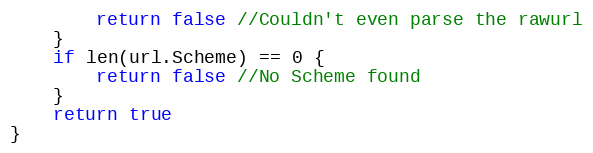
Language: Go
		return false //Couldn't even parse the rawurl
	}
	if len(url.Scheme) == 0 {
		return false //No Scheme found
	}
	return true
}